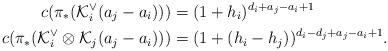
LaTeX: \begin{align*}c(\pi_*(\mathcal{K}^\vee_i(a_j-a_{i})))&=(1+h_i)^{d_i+a_j-a_i+1}\\c(\pi_*(\mathcal{K}^{\vee}_i \otimes\mathcal{K}_j(a_{j}-a_{i})))&= (1+(h_i-h_j))^{d_i-d_j+a_j-a_i+1}.\end{align*}